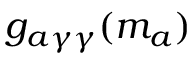
g _ { a \gamma \gamma } ( m _ { a } )